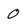
Character: 0